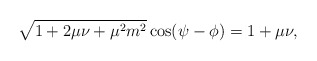
\begin{align*}\sqrt{ 1+2\mu \nu+\mu^2m^2}\cos(\psi-\phi)=1+\mu\nu,\end{align*}